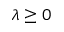
\lambda \geq 0